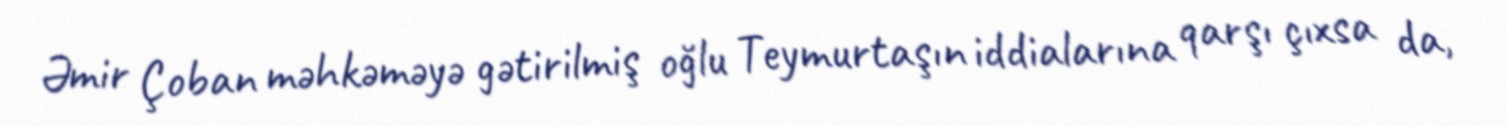
Əmir Çoban məhkəməyə gətirilmiş oğlu Teymurtaşın iddialarına qarşı çıxsa da,